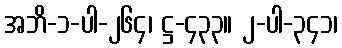
အဘိ-၁-ပါ-၂၆၄၊ ဋ္ဌ-၄၃၃။ ၂-ပါ-၃၄၁၊